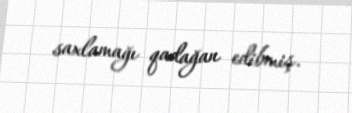
saxlamağı qadağan edibmiş.